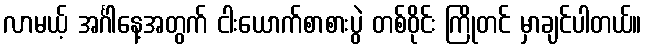
လာမယ့် အင်္ဂါနေ့အတွက် ငါးယောက်စာစားပွဲ တစ်ဝိုင်း ကြိုတင် မှာချင်ပါတယ်။